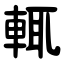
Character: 輒